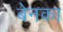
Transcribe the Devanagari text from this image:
बेनका